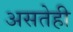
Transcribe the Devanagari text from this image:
असतेही